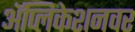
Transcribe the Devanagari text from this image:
अॅप्लिकेशनवर